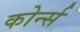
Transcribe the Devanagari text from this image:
कोर्न्स